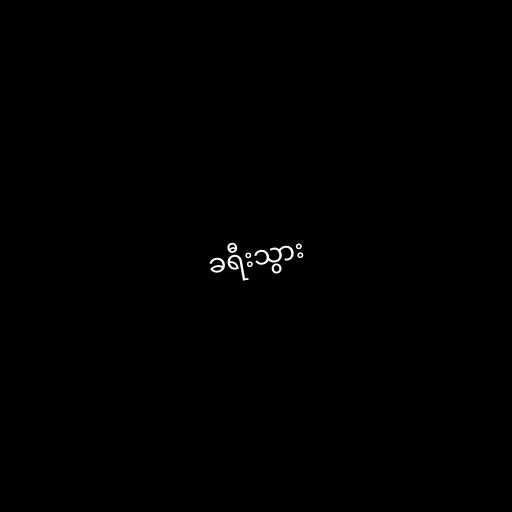
ခရီးသွား